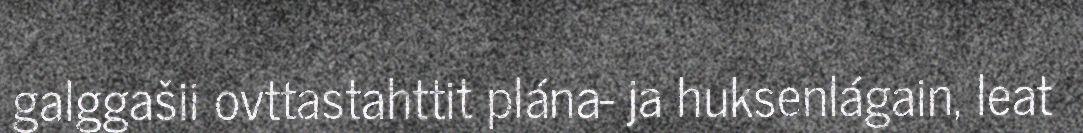
galggašii ovttastahttit plána- ja huksenlágain, leat